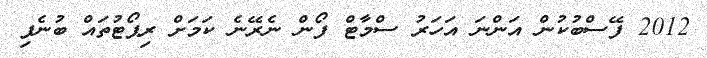
2012 ފޭސްބުކުން އަންނަ އަހަރު ސްމާޓް ފޯން ނެރޭނެ ކަމަށް ރިޕޯޓުތައް ބުނެފި